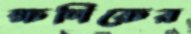
ক্ষণিকের